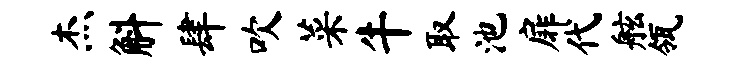
杰斛肆吹菜牛取池扉代舷瓴